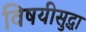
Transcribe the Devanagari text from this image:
विषयीसुद्धा